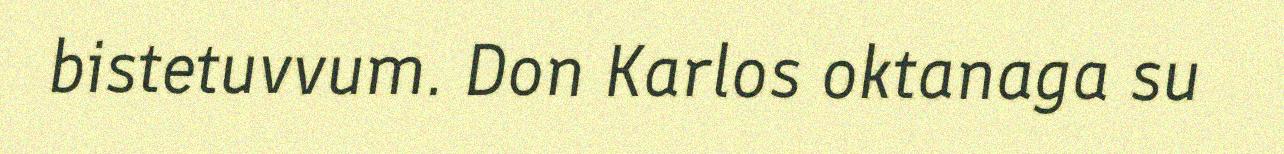
bistetuvvum. Don Karlos oktanaga su